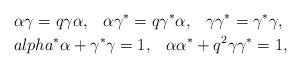
LaTeX: \begin{align*}\alpha \gamma = q \gamma \alpha ,\, \;\ \alpha \gamma^* = q \gamma^* \alpha ,\, \;\ \gamma \gamma^* = \gamma^* \gamma,\, \;\\alpha^* \alpha + \gamma^* \gamma = 1, \, \;\ \alpha \alpha^* + q^2 \gamma \gamma^* = 1, \, \end{align*}